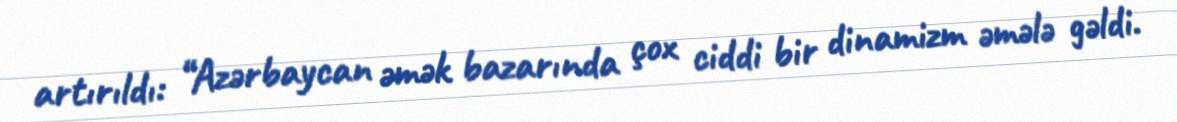
artırıldı: “Azərbaycan əmək bazarında çox ciddi bir dinamizm əmələ gəldi.